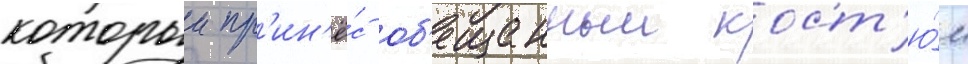
которыи пр'ин'ё́с об'ещанныи кост'ю́м